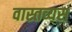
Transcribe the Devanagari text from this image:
वास्तव्यस